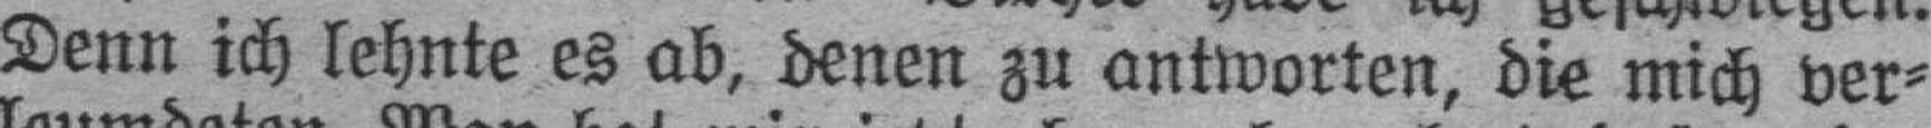
Denn ich lehnte es ab, denen zu antworten, die mich ver¬